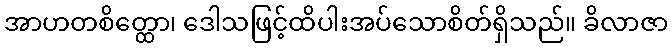
အာဟတစိတ္ထော၊ ဒေါသဖြင့်ထိပါးအပ်သောစိတ်ရှိသည်။ ခိလာဇာ